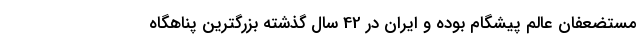
مستضعفان عالم پیشگام بوده و ایران در 42 سال گذشته بزرگترین پناهگاه